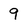
Character: 9